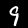
Digit: 9